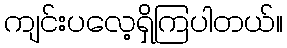
ကျင်းပလေ့ရှိကြပါတယ်။